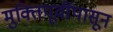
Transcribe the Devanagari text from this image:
मुक्तिपूर्वीपासून